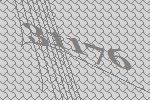
31176